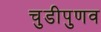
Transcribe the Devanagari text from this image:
चुडीपुणव